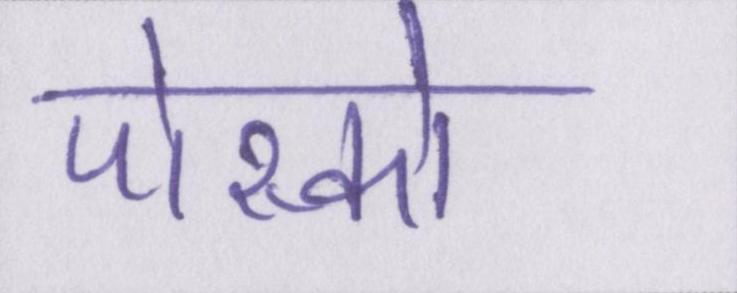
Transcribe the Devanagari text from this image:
पोस्को